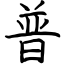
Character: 普